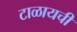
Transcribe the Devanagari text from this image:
टाळायची